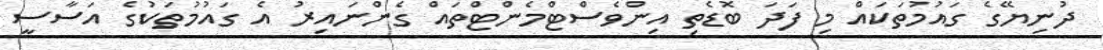
ދުނިޔޭގެ ގައުމުތަކައް މި ފަދަ ބޮޑެތި އިންވެސްޓްމެންޓްތައް ގެންނައިރު އެ ގައުމުތަކުގެ އަސާސީ